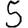
Digit: 5